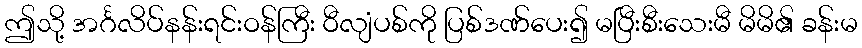
ဤသို့ အင်္ဂလိပ်နန်းရင်းဝန်ကြီး ဝီလျံပစ်ကို ပြစ်ဒဏ်ပေး၍ မပြီးစီးသေးမီ မိမိ၏ ခန်းမ